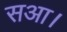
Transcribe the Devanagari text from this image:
सआ।